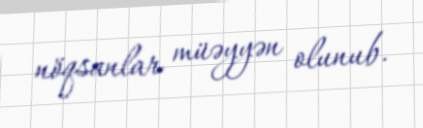
nöqsanlar müəyyən olunub.